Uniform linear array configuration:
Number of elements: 12
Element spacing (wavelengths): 0.5
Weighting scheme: binomial
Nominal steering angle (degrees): -45
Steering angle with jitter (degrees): -45.113
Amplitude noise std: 0.05
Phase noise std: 0.05

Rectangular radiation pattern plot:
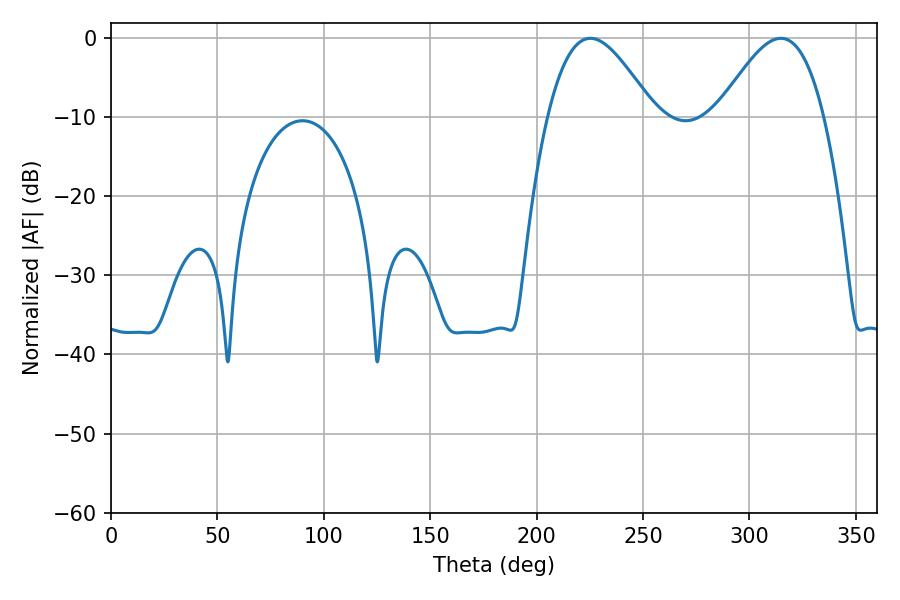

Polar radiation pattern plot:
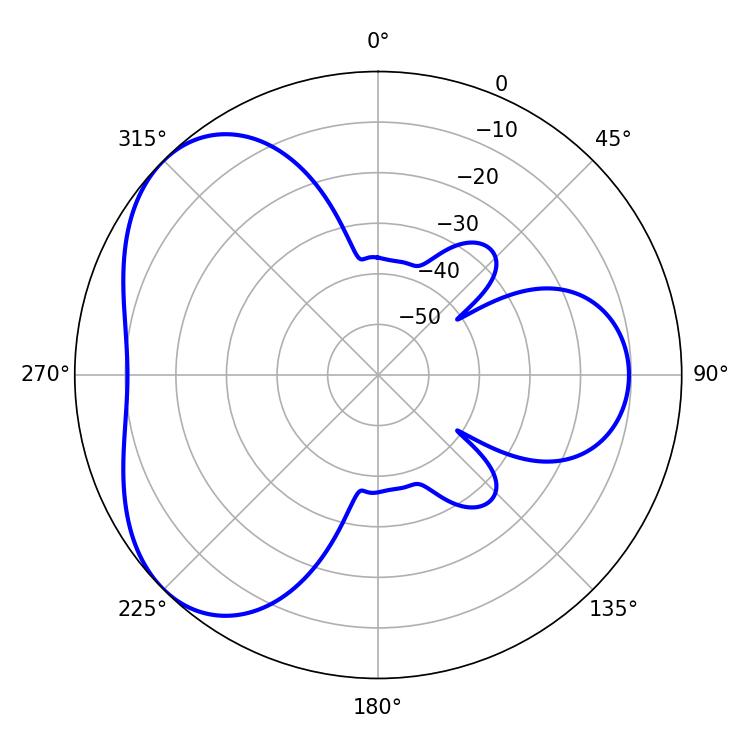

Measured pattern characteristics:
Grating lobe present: FALSE
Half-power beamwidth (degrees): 26.82
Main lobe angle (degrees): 225.18